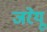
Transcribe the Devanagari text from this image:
जरेयू